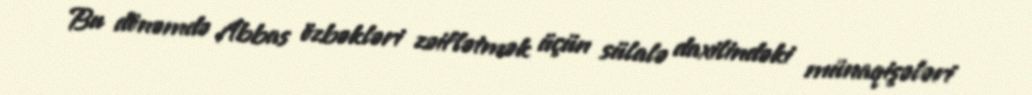
Bu dönəmdə Abbas özbəkləri zəiflətmək üçün sülalə daxilindəki münaqişələri